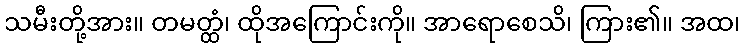
သမီးတို့အား။ တမတ္ထံ၊ ထိုအကြောင်းကို။ အာရောစေသိ၊ ကြား၏။ အထ၊